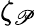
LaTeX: \zeta_{\mathscr{P}}